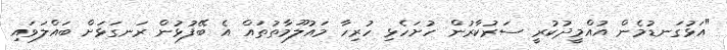
"އަޅުގަނޑުމެން އުއްމީދުކުރީ ސަރުކާރުން ހުށަހެޅި ހުރިހާ މައުލޫމާތުތައް އެ ބޭފުޅުން ރަނގަޅަށް ބައްލަވައި